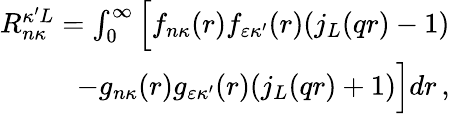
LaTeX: \begin{array}{r}{R_{n\kappa}^{\kappa^{\prime}L}=\int_{0}^{\infty}\Big[f_{n\kappa}{(r)}f_{\varepsilon\kappa^{\prime}}{(r)}(j_{L}{(qr)}-1)}\\ {-g_{n\kappa}{(r)}g_{\varepsilon\kappa^{\prime}}{(r)}(j_{L}{(qr)}+1)\Big]dr\, ,}\end{array}